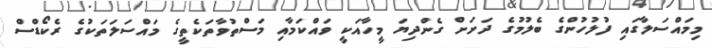
މިމައްސަލާގައި ފުލުހުންގެ ބެލުމުގެ ދަށަށް ގެންދިޔަ މީހާއަކީ ވައްކަމާއި މަސްތުވާތަކެތީގެ މައްސަލަތަކުގެ ރެކޯޑްސް